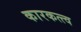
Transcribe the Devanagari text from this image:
कारकत्त्व